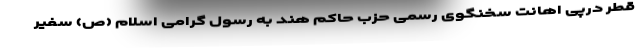
قطر درپی اهانت سخنگوی رسمی حزب حاکم هند به رسول گرامی اسلام (ص) سفیر